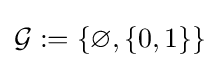
{\mathcal {G}}:=\{\varnothing ,\{0,1\}\}